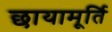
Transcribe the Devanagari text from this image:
छायामूर्ति